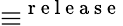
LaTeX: \equiv^{\mathrm{~r~e~l~e~a~s~e~}}